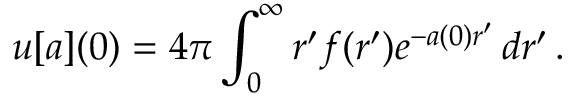
u [ a ] ( 0 ) = 4 \pi \int _ { 0 } ^ { \infty } r ^ { \prime } f ( r ^ { \prime } ) e ^ { - a ( 0 ) r ^ { \prime } } \, d r ^ { \prime } \, .